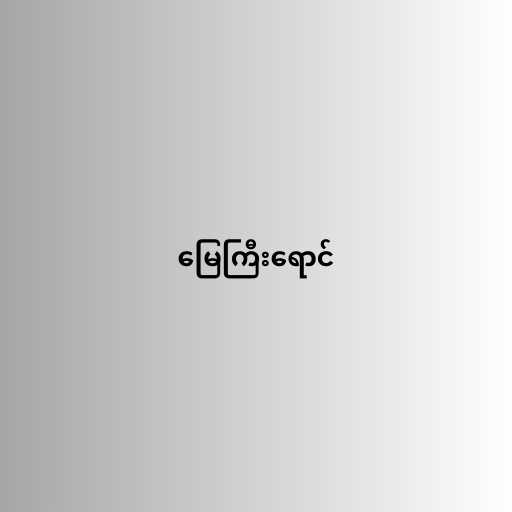
မြေကြီးရောင်